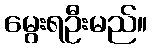
မွေးရဦးမည်။